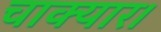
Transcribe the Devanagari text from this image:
चाक्यार।